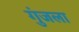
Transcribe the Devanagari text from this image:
गुंजला